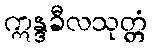
ဣန္ဒခီလသုတ္တံ